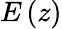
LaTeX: E\left(z\right)